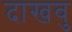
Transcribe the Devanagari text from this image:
दाखवु